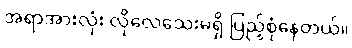
အရာအားလုံး လိုလေသေးမရှိ ပြည့်စုံနေတယ်။